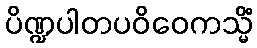
ပိဏ္ဍပါတပဝိဝေကသ္မိံ